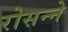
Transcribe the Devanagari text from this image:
रोसन्ने